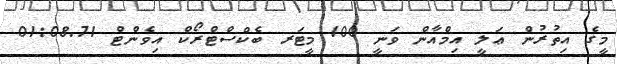
މީގެ އިތުރުން ޢަލީ އިމްއާން ވަނީ 100 މީޓަރ ބެކްސްޓްރޯކް އިވެންޓް 01:08.71